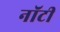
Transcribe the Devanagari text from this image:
नॉटी